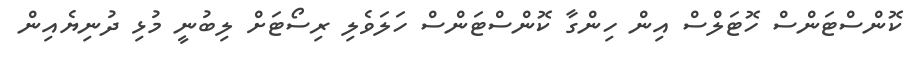
ކޮންސްޓަންސް ހޮޓަލްސް އިން ހިންގާ ކޮންސްޓަންސް ހަލަވެލި ރިސޯޓަށް ލިބުނީ މުޅި ދުނިޔެއިން